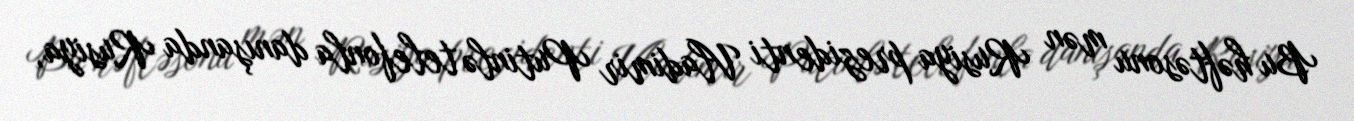
Bu həftəsonu mən Rusiya prezidenti Vladimir Putinlə telefonla danışanda Rusiya,